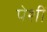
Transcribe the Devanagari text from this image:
पेशीं